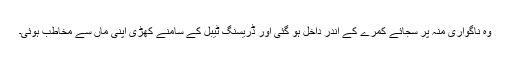
وہ ناگواری منہ پر سجائے کمرے کے اندر داخل ہو گئی اور ڈریسنگ ٹیبل کے سامنے کھڑی اپنی ماں سے مخاطب ہوئی۔